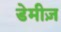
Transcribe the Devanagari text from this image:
डेमीज़